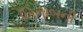
ખિતાબની